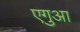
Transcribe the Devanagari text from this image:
एगुआ